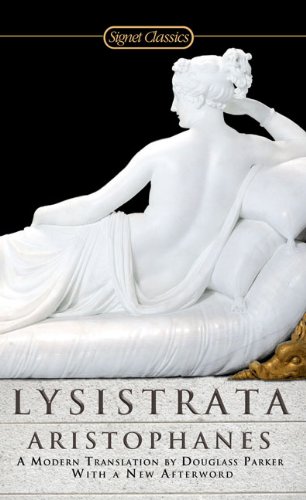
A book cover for Lysistrata (Signet Classics); Aristophanes; Literature & Fiction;